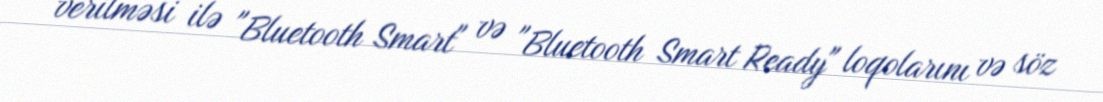
verilməsi ilə "Bluetooth Smart" və "Bluetooth Smart Ready" loqolarını və söz